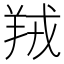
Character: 羢